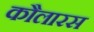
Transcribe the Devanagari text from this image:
कौलारस